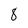
Character: 8